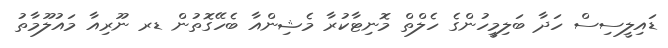
ޑައިލީސިސް ހަދާ ބަލިމީހުންގެ ހެލްތް މޮނިޓާކުރާ މެޝިންއާ ބެހޭގޮތުން ޑރ ނޫރިއާ މައުލޫމާތު